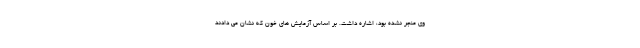
وی منجر نشده بود، اشاره داشت. بر اساس آزمایش های خون که نشان می دادند